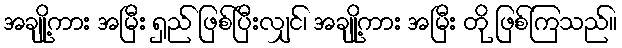
အချို့ကား အမြီး ရှည် ဖြစ်ပြီးလျှင်၊ အချို့ကား အမြီး တို ဖြစ်ကြသည်။